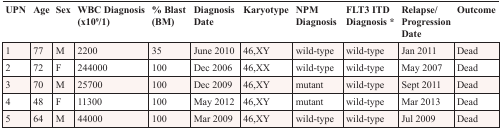
| UPN | Age | Sex | WBC Diagnosis (x109/1) | % Blast (BM) | Diagnosis Date | Karyotype | NPM Diagnosis | FLT3 ITD Diagnosis * | Relapse/Progression Date | Outcome |
 | --- | --- | --- | --- | --- | --- | --- | --- | --- | --- | --- |
 | 1 | 77 | M | 2200 | 35 | June 2010 | 46,XY | wild-type | wild-type | Jan 2011 | Dead |
 | 2 | 72 | F | 244000 | 100 | Dec 2006 | 46,XX | wild-type | wild-type | May 2007 | Dead |
 | 3 | 70 | M | 25700 | 100 | Dec 2009 | 46,XY | mutant | wild-type | Sept 2011 | Dead |
 | 4 | 48 | F | 11300 | 100 | May 2012 | 46,XY | mutant | wild-type | Mar 2013 | Dead |
 | 5 | 64 | M | 44000 | 100 | Mar 2009 | 46,XY | wild-type | wild-type | Jul 2009 | Dead |